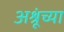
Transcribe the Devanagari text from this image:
अश्रूंच्या